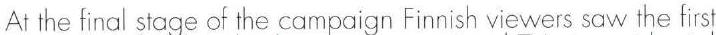
At the final stage of the campaign Finnish viewers saw the first